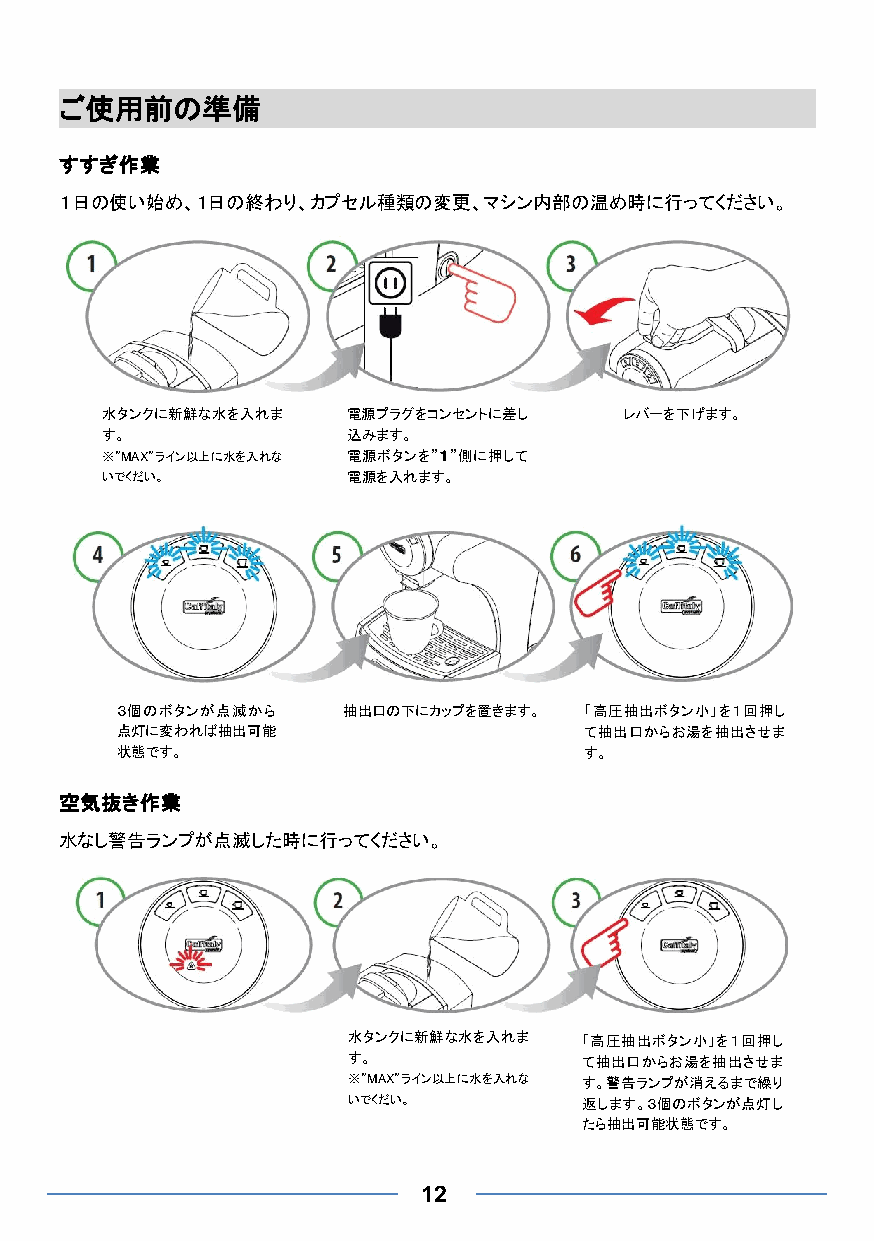
ご使用前の準備
 すすぎ作業
 １日の使い始め、１日の終わり、カプセル種類の変更、マシン内部の温め時に行ってください。
 水タンクに新鮮な水を入れま   電源プラグをコンセントに差し    レバーを下げます。
 す。              込みます。
 ※”MAX”ライン以上に水を入れな 電源ボタンを”１”側に押して
 いでくだい。          電源を入れます。
 ３個のボタンが点滅から    抽出口の下にカップを置きます。 「高圧抽出ボタン小」を１回押し
 点灯に変われば抽出可能                    て抽出口からお湯を抽出させま
 状態です。                          す。
 空気抜き作業
 水なし警告ランプが点滅した時に行ってください。
 水タンクに新鮮な水を入れま   「高圧抽出ボタン小」を１回押し
 す。              て抽出口からお湯を抽出させま
 ※”MAX”ライン以上に水を入れな す。警告ランプが消えるまで繰り
 いでくだい。          返します。３個のボタンが点灯し
 たら抽出可能状態です。
 12